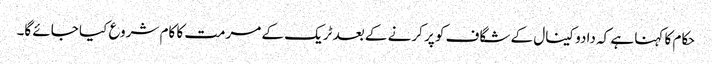
حکام کا کہنا ہے کہ دادو کینال کے شگاف کو پر کرنے کے بعد ٹریک کے مرمت کا کام شروع کیا جائے گا۔